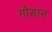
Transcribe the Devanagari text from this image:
गोडान